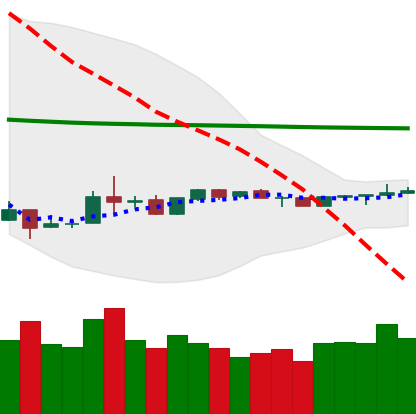
Ticker: LTC-USD
Chart end date: 2020-04-03
Forward return: 14.769%
Label: up_7plus